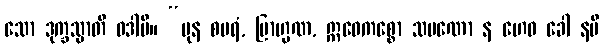
သော ဒုက္ခသ္မာတိ ဝဒါမိ။ “ပုန စပရံ, ဗြာဟ္မဏ, ဣဓေကစ္စော သမဏော န ဟေဝ ခေါ နပိ